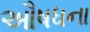
ઔષધના